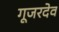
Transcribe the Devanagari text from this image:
गूजरदेव